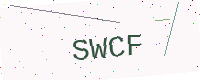
Text: SWCF